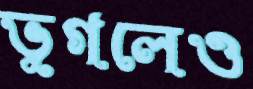
ভুগলেও